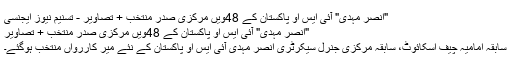
"انصر مہدی" آئی ایس او پاکستان کے 48ویں مرکزی صدر منتخب + تصاویر - تسنیم نیوز ایجنسی
"انصر مہدی" آئی ایس او پاکستان کے 48ویں مرکزی صدر منتخب + تصاویر
سابقہ امامیہ چیف اسکائوٹ، سابقہ مرکزی جنرل سیکرٹری انصر مہدی آئی ایس او پاکستان کے نئے میر کاررواں منتخب ہوگئے۔